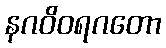
နဂဝိဝရဂတော